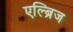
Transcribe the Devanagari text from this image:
एल्ब्रिज